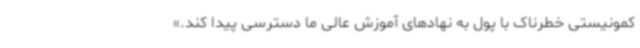
کمونیستی خطرناک با پول به نهادهای آموزش عالی ما دسترسی پیدا کند.»